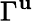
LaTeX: \Gamma^{\mathbf{u}}